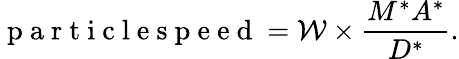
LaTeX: \mathrm{~p~a~r~t~i~c~l~e~s~p~e~e~d~}=\mathcal{W}\times\frac{M^{*}A^{*}}{D^{*}}.